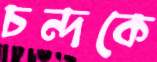
চন্দকে